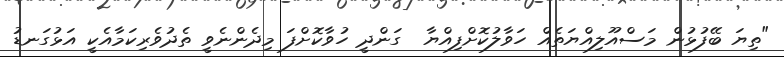
"ތިޔަ ބޭފުޅުން މަސްއޫލިއްޔަތެއް ހަވާލުކޮށްފިއްޔާ  ގަންދީ ހުވާކޮށްފަ މިދެންނެވީ ތެދުވެރިކަމާއެކީ އަޅުގަނޑު